Vaccine operations Central Provinces 1886-1899 - 1886-1899
Year: 1886
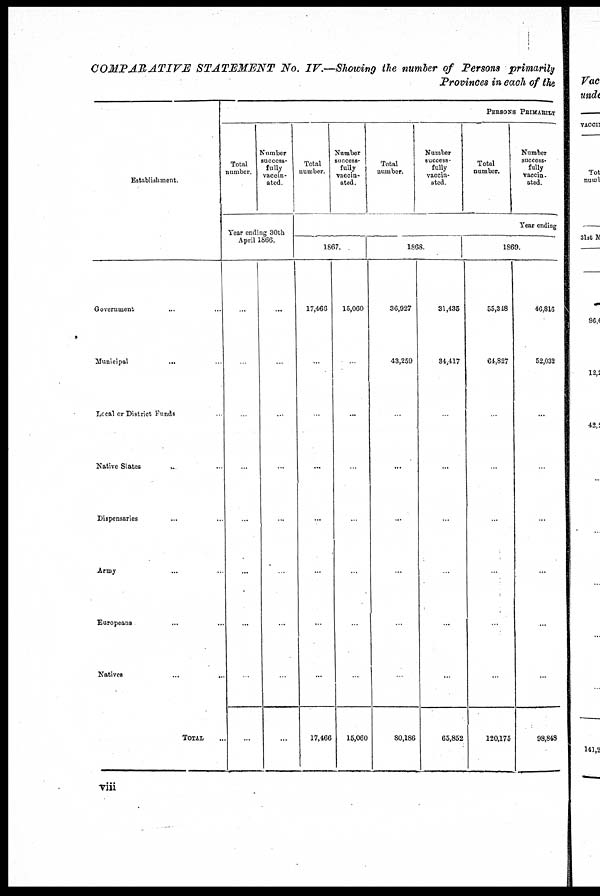
COMPARATIVE
STATEMENT No. IV.—Showing the number of Persons primarily
Provinces in each of the
Establishment.
Government ... ...
Municipal
... ...
Local or District Funds ...
Native States
...
Dispensaries ... ...
Army ... ...
Europeans ... ...
Natives
...
...
TOTAL ...
PERSONS PRIMARILY
Total
number.
Number
success-
fully
vaccin-
ated.
Year ending 30th
April 1866.
...
...
...
...
...
...
...
...
...
...
...
...
...
...
...
...
...
...
Total
number.
Number
success-
fully
vaccin-
ated.
Total
number.
Number
success-
fully
vaccin-
ated.
Total
number.
Number
success-
fully
vaccin¬
ated.
Year ending
1867.
17,466
...
...
...
...
...
...
...
17,466
15,060
...
...
...
...
...
...
...
15,060
1868.
36,927
43,259
...
...
...
...
...
...
80,186
31,435
34,417
...
...
...
...
...
...
65,852
1869.
55,348
64,827
...
...
...
...
...
...
120,175
46,816
52,032
...
...
...
...
...
...
98,848
viii